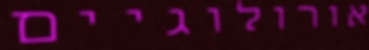
אורולוגיים